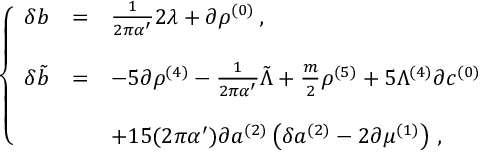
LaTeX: \left\{ \begin{array} { r c l } { { \delta b } } & { { = } } & { { \frac { 1 } { 2 \pi \alpha ^ { \prime } } 2 \lambda + \partial \rho ^ { ( 0 ) } \, , } } \\ { { } } & { { } } & { { } } \\ { { \delta \tilde { b } } } & { { = } } & { { - 5 \partial \rho ^ { ( 4 ) } - \frac { 1 } { 2 \pi \alpha ^ { \prime } } \tilde { \Lambda } + \frac { m } { 2 } \rho ^ { ( 5 ) } + 5 \Lambda ^ { ( 4 ) } \partial c ^ { ( 0 ) } } } \\ { { } } & { { } } & { { } } \\ { { } } & { { } } & { { + 1 5 ( 2 \pi \alpha ^ { \prime } ) \partial a ^ { ( 2 ) } \left( \delta a ^ { ( 2 ) } - 2 \partial \mu ^ { ( 1 ) } \right) \, , } } \end{array} \right.